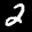
Label: 2